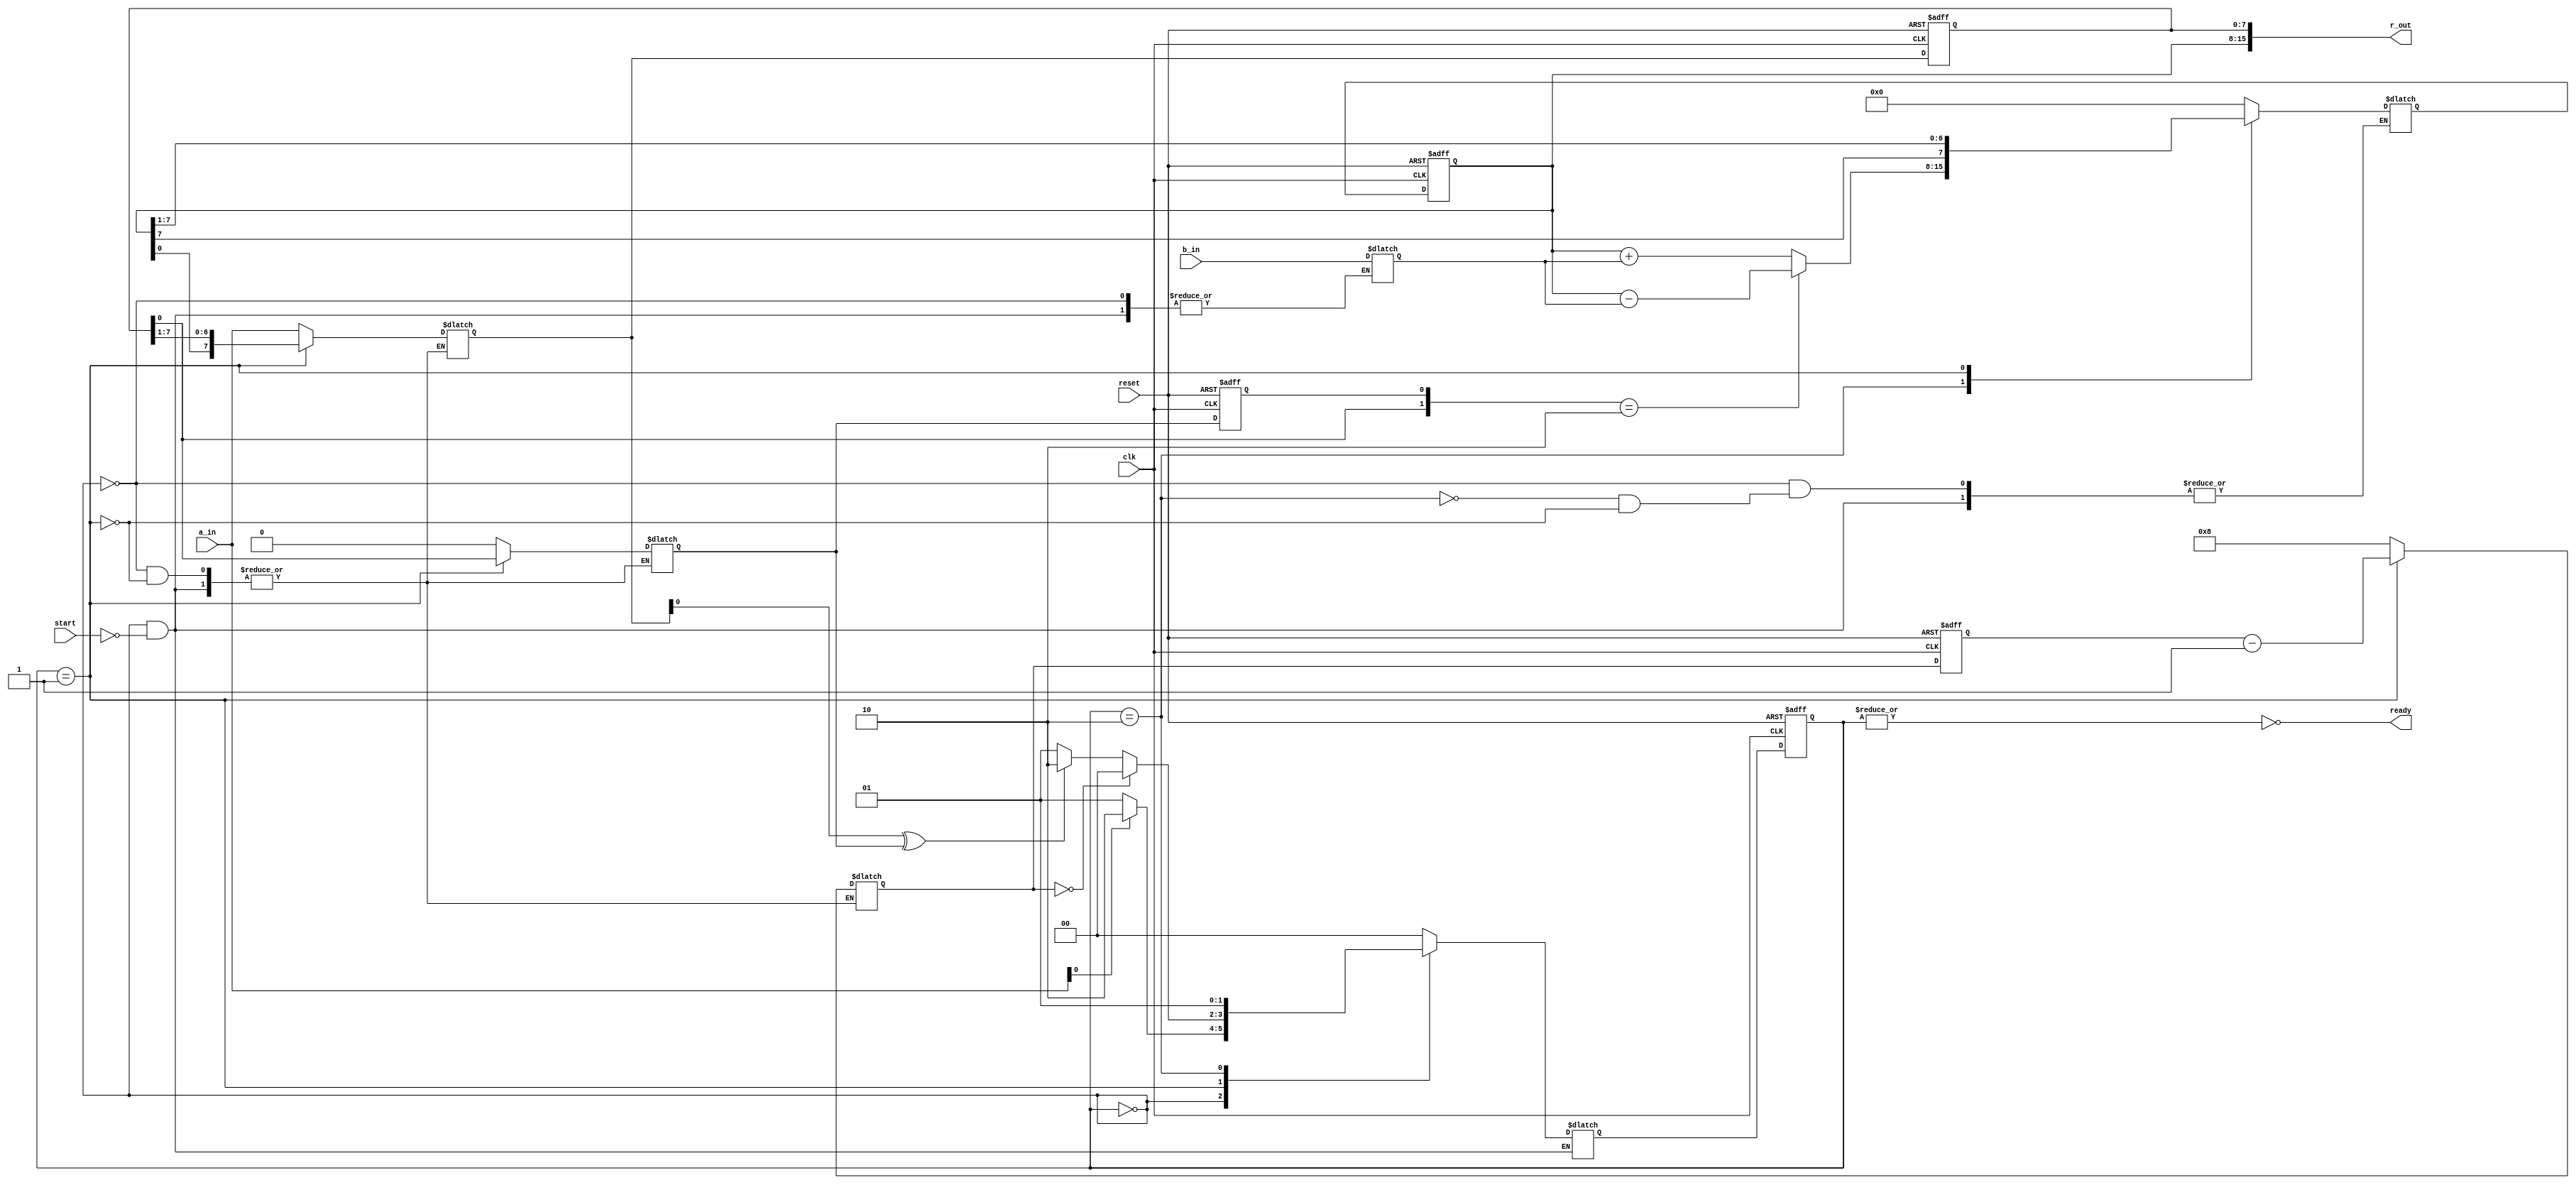
//Description: Booths Multiplier
//Negedge triggered
//Active low reset
//Multi segment coding style

module booths_multiplier(

//input 
input clk,              //clock
input reset,            //active low reset (use reset_n next time for active low reset)
input start,           // command to start the multiplication operation
input [7:0] a_in,       //Multiplicand/ Multiplier
input [7:0] b_in,      //Multiplicand/ Multiplier

//output
output [15:0] r_out,    //Product   
output ready        //Asserted when the multiplier is ready for new request
);
//parameters
parameter idle = 2'b00;
parameter shift = 2'b01;
parameter add = 2'b10;

//*control_path*//

//state register
reg [1:0] state;
reg [1:0] state_next;

always @ (negedge clk, negedge reset)
begin
    if(~reset)
        state<= idle;
    else    
        state <= state_next;
end


//next state logic
//data registers
reg [7:0] Q;    //Multiplicand
reg [7:0] A;    //Accumalator
reg q;          //Q[-1]    
reg [3:0] n;    //Bit width (no of iterations, need to be rechecked)
reg [7:0] Q_next;    
reg [7:0] A_next;    
reg q_next;          
reg [3:0] n_next;    
reg [7:0] M;    //Multiplier

always @(state, start, Q, Q_next, q_next, q)//update the sensitivity list
begin
    case (state)
    idle: begin
        if(start)
        begin
            if(a_in[0]^1'b0)
                state_next <= add;
            else    
                state_next <= shift;
        end
    end
    shift: begin
        if(n_next == 4'b0)
            state_next <= idle;
        else
        begin
            if(Q_next[0]^q_next)
                state_next <= add;
            else    
                state_next <= shift;
        end 
    end
    add: 
        state_next <= shift;
    default:
        state_next <= idle;
    endcase
end

//output logic
assign ready = ~|state;

//*data path*//

//data registers

always @(negedge clk, negedge reset)
begin
    if(~reset)
    begin
        Q <= 8'bx;
        A <= 8'b0;
        q <= 1'bx;
        n <= 4'd8;

        // Q <= 8'bz;
        // A <= 8'b0;
        // q <= 1'b0;
        // n <= 4'd8;

    end
    else
    begin
        Q <= Q_next;
        A <= A_next;
        q <= q_next;
        n <= n_next;
    end
end

//routing and multiplexing circuit and functional units

always @(state, start, A, Q, q, n) // update the sensitivity list
begin
    case (state)
    idle:begin
        if(start)
        begin
            Q_next <= a_in;
            M <= b_in;
            A_next <= 8'b0;
            q_next <= 1'b0;
            n_next <= 4'd8;
        end
    end
    add: begin
        if({Q[0],q} == 2'b10)
            A_next <= A-M;
        else 
            A_next <= A+M;
    end
    shift: begin
        {A_next,Q_next,q_next} <= {A[7], A, Q};
        n_next <= n -1;
    
    end
    endcase
end

//Assign Output

assign r_out = {A,Q};


endmodule